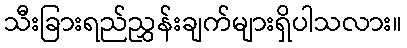
သီးခြားရည်ညွှန်းချက်များရှိပါသလား။